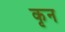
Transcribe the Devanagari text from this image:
कृन